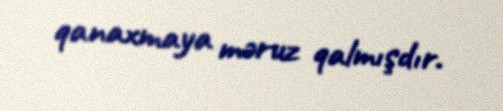
qanaxmaya məruz qalmışdır.